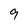
Character: 9